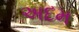
અદમ